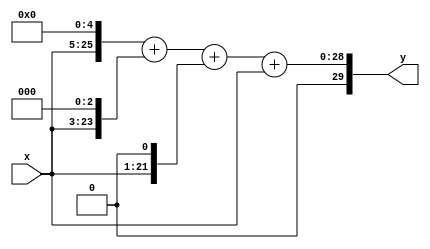
`timescale 1ns / 1ps
//////////////////////////////////////////////////////////////////////////////////
// Company: 
// Engineer: 
// 
// Design Name: 
// Module Name:    multiply_by_43 
// Project Name: 
// Target Devices: 
// Tool versions: 
// Description: 
//
// Dependencies: 
//
// Revision: 
// Revision 0.01 - File Created
// Additional Comments: 
//
//////////////////////////////////////////////////////////////////////////////////
module multiply_by_43(
    input [20:0]x,
    output [29:0]y
    );


	wire [29:0]y_five,y_three,y_one;
	
	assign y_five = x<<5;
	assign y_three = x<<3;
	assign y_one = x<<1;
	
	assign y = y_five + y_three + y_one + x;

endmodule